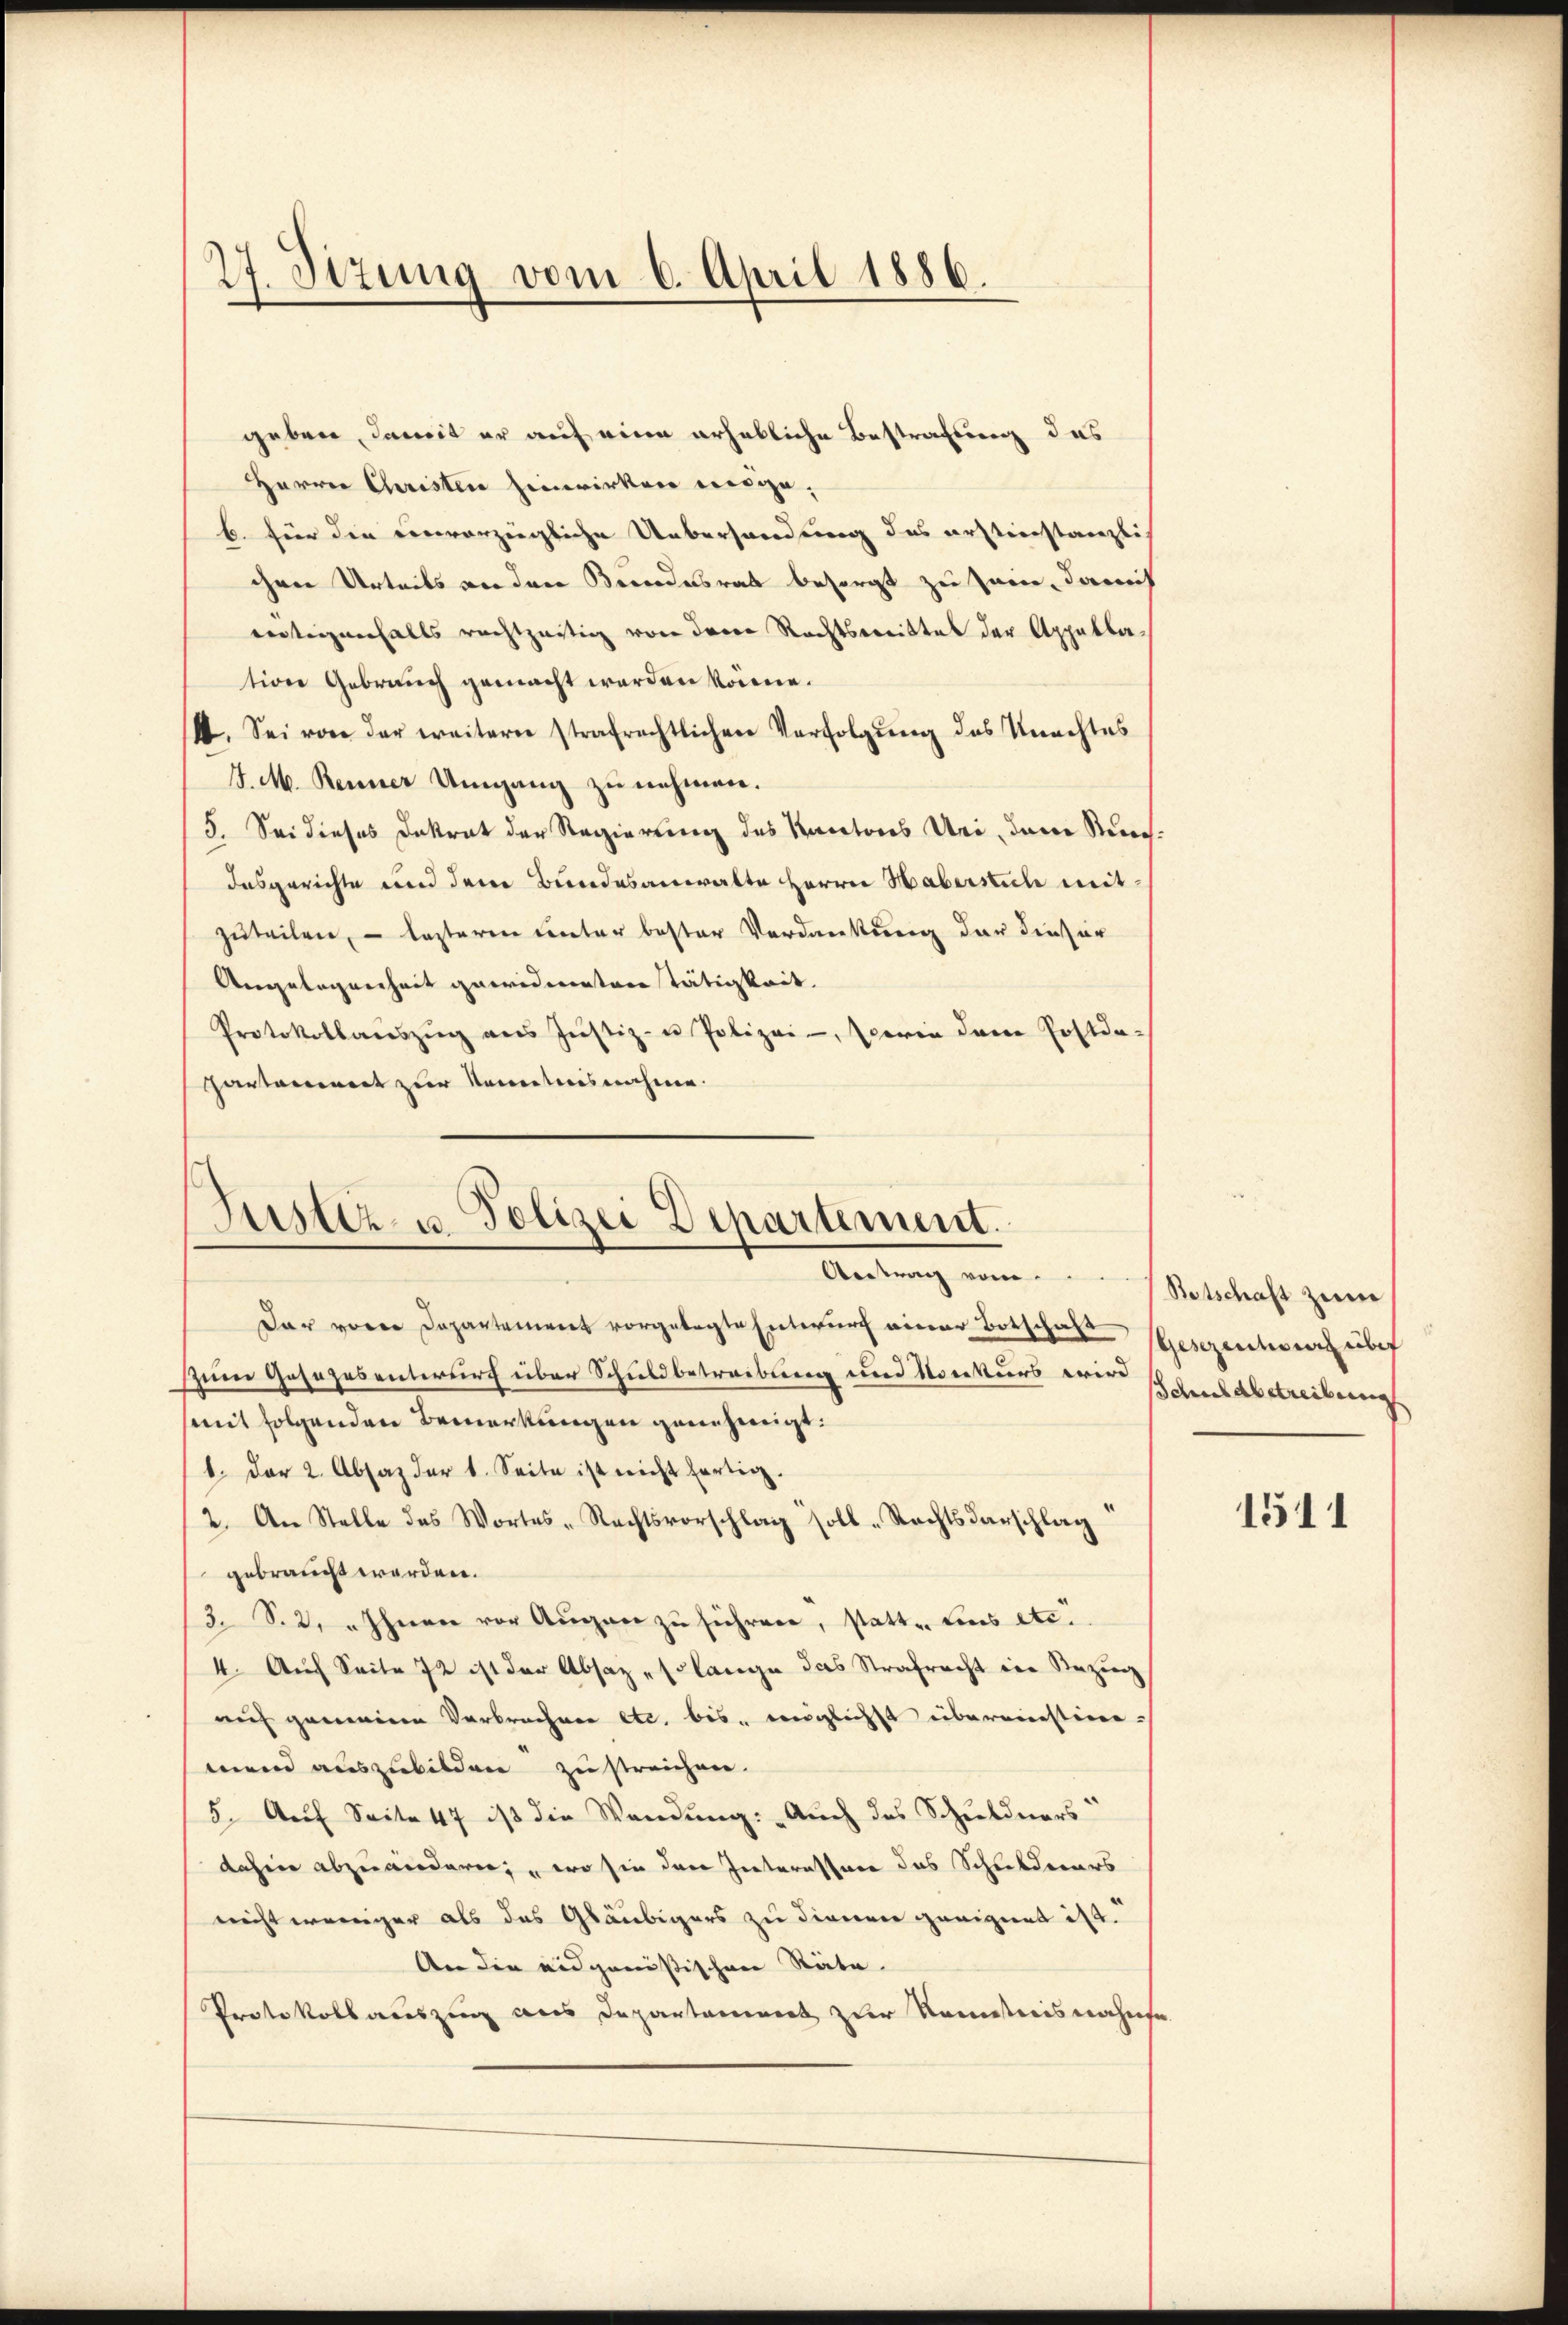
27. Sitzung vom 6. April 1886.

geben, damit er auf eine erhebliche Bestrafung das
Herrn Christen hinwirken möge,
b. für die einvorzügliche Uebersandung des erstienstanzlich
chen Urteils an den Bundesrat besorgt zu sein, damit
eitigenfalls rechtzeitig von derer Rechtsmittes der Appellation Gebrauch gemacht werden könne.
I. Sei von der weiterer strafrechtlichen Verfolgŭng des Unachtes
J. M. Renner Umgang zu nehmen.
5. Sei dieses Dekrat der Regierung des Kantones Uri, dem Kuns
desgerichte und dem Bundesanwalte Herrn Habersich mitzuteilen, – lezteren unter bester Verdankung der dieser
Angelegenheit gewidmerten Tätigkeit.
Protokollaŭszŭg ans Jŭstiz- u Polizei-, serin dem Postda-
hartement zur Kenntnisnahme.

Justiz- u. Polizei Departement.
Antrag vom

dar von Departement vorgelegte Entwurf einer Botschaft
spinne Gesezesentwurf über Schuldbetreibung und Konkurs wird
(mit folgenden Bemerkungen genehmigt.
1. Der 2. Absaz der 1. Seite ist nicht fertig.
2. An Stelle des Wortes-Rechtsvorschlag soll-Rechtsdarschlag
gebraucht werden.
3. S. 2. Ihnen vor Aŭgen zŭ führen, statte Lies etc.
4. Auch Seite 72 ist der Absaz - so lange das Strafrecht in Bezug
auf gemeinen Verbrechen etc. bis englicht übereinstimmend auszubilden zu streichen.
5. Aŭf Seite 47 ist die Wandung: Auch das Schuldners
dahin abzuänderen; wo sie des Interessore das Schuldners
nicht weniger als das Gläubigers zu dienen geeignet ist.
An die eidgenößischen Stäte
Protokollauszug aus Departament zur Romnestreis nahese

Botschaft zum
sGesezention über
Schulabstreibung

1511